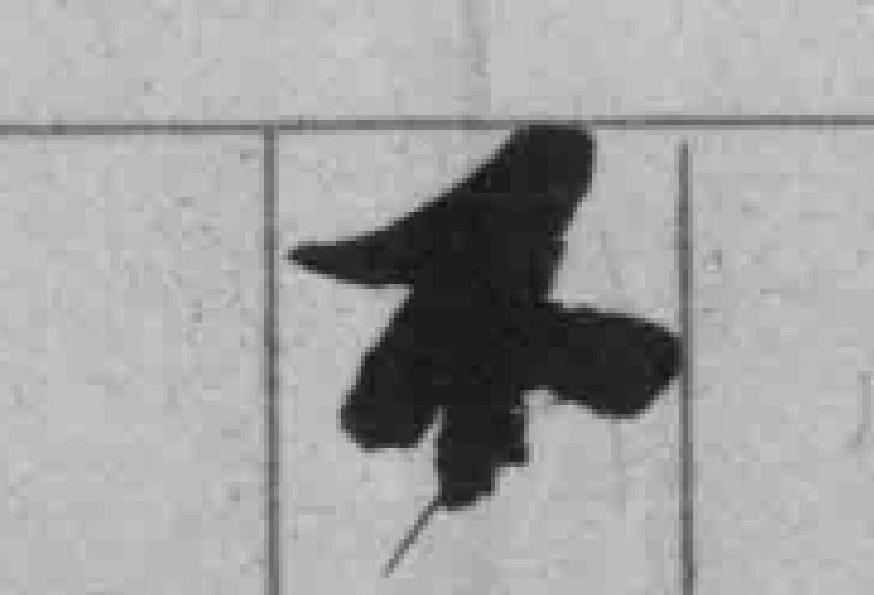
不